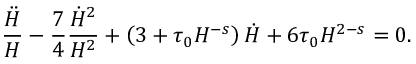
\frac { \ddot { H } } { H } - \frac 7 4 \frac { \dot { H } ^ { 2 } } { H ^ { 2 } } + \left( 3 + \tau _ { 0 } H ^ { - s } \right) \dot { H } + 6 \tau _ { 0 } H ^ { 2 - s } = 0 .